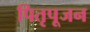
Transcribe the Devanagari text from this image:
पितृपूजन